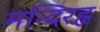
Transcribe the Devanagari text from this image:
मन्दिरहृ